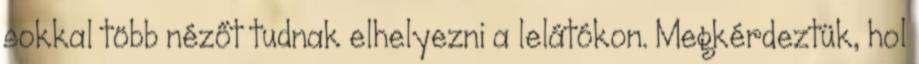
sokkal több nézőt tudnak elhelyezni a lelátókon. Megkérdeztük, hol